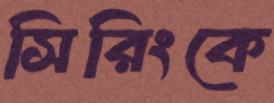
সিরিংকে